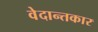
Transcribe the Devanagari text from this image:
वेदान्तकार